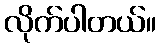
လိုက်ပါတယ်။